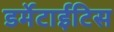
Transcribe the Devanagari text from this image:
डर्मेटाईटिस